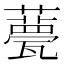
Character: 𧂛